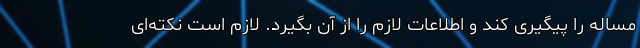
مساله را پیگیری کند و اطلاعات لازم را از آن بگیرد. لازم است نکته‌ای